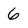
Character: 6